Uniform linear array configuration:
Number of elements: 8
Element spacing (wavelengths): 1
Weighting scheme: binomial
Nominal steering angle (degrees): -45
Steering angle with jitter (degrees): -43.971
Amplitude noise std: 0.05
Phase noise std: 0.05

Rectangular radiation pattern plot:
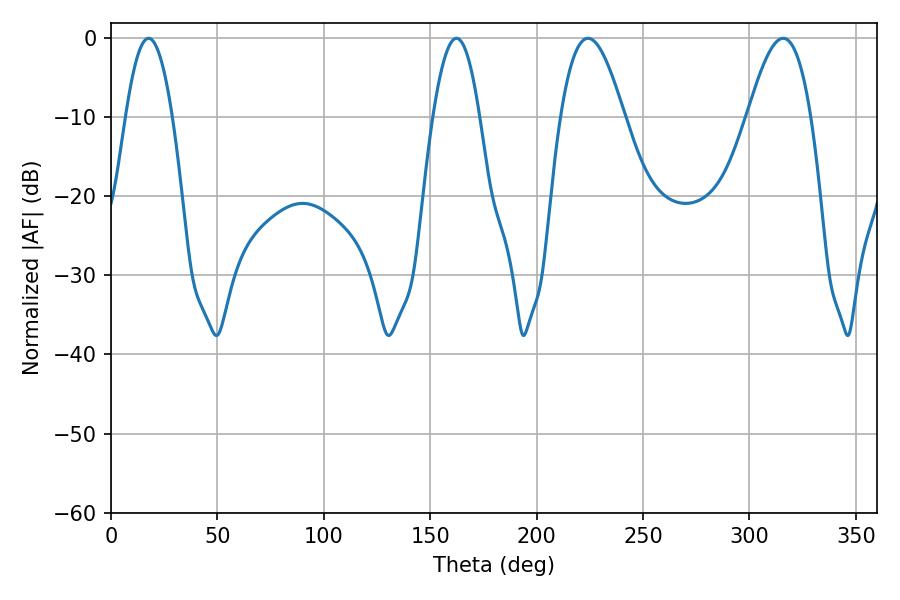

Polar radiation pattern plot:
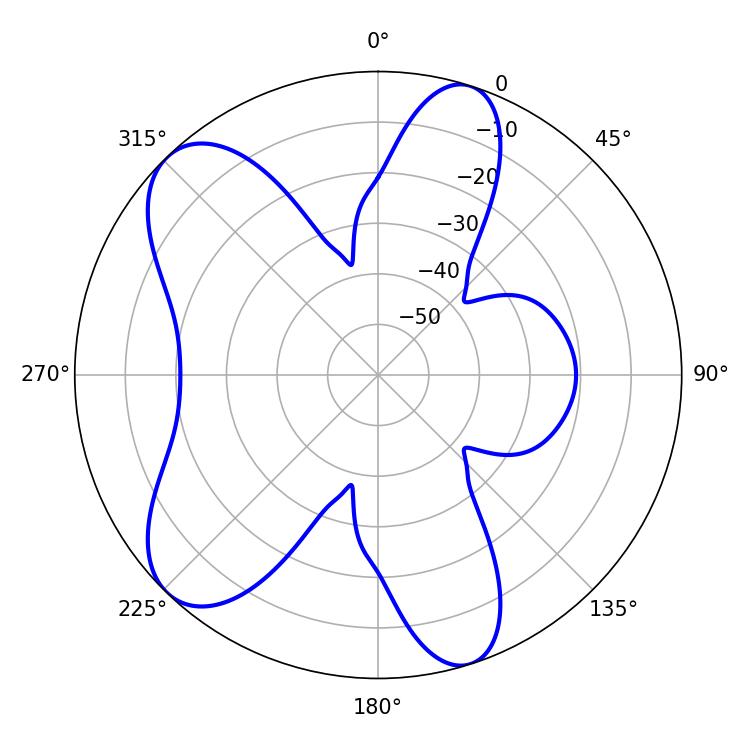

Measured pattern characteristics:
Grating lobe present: TRUE
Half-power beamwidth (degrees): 12.06
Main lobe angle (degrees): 162.36